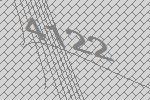
4122